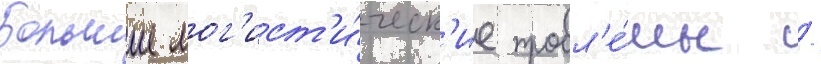
Большие лог'ист'и́ческ'ие пробл'е́мы /